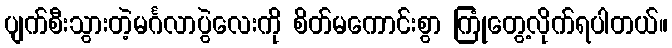
ပျက်စီးသွားတဲ့မင်္ဂလာပွဲလေးကို စိတ်မကောင်းစွာ ကြုံတွေ့လိုက်ရပါတယ်။